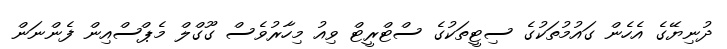
ދުނިޔޭގެ އެހެން ގައުމުތަކުގެ ސިޓީތަކުގެ ސްޓްރީޓް ވިއު މިހާރުވެސް ގޫގްލް މެޕްސްއިން ފެންނަން